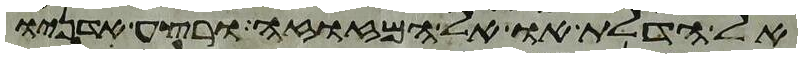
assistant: אל הדלת או אל המזוזה ורצע אדניו